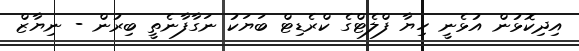
އިދިކޮޅުން އުޅެނީ ހިޔާ ފްލެޓްގެ ކްރެޑިޓް ބަޔަކު ނަގާފާނެތީ ބިރުން - ނިޔާޒް